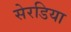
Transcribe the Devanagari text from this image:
सेरडिया